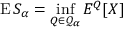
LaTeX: \operatorname { E } S _ { \alpha } = \operatorname* { i n f } _ { Q \in { \mathcal { Q } } _ { \alpha } } E ^ { Q } [ X ]